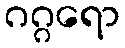
ဂဂ္ဂရော